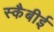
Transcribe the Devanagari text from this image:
स्कैबीई